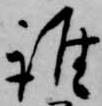
誰